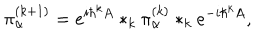
LaTeX: \pi _ { \alpha } ^ { ( k + 1 ) } = e ^ { i \hbar ^ { k } A } * _ { k } \pi _ { \alpha } ^ { ( k ) } * _ { k } e ^ { - i \hbar ^ { k } A } ,